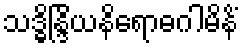
သဒ္ဓိန္ဒြိယနိရောဓဂါမိနိံ